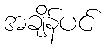
အချိန်ပင်